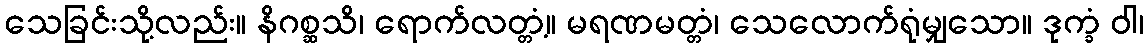
သေခြင်းသို့လည်း။ နိဂစ္ဆသိ၊ ရောက်လတ္တံ့။ မရဏမတ္တံ၊ သေလောက်ရုံမျှသော။ ဒုက္ခံ ဝါ၊